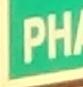
ph